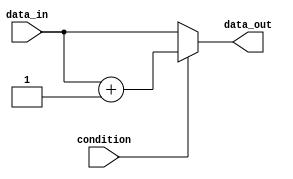
module while_loop_generate_behavioral (
    input wire condition,
    input wire [3:0] data_in,
    output reg [3:0] data_out
);

always @* begin
    if (condition) begin
        data_out = data_in + 1;
    end else begin
        data_out = data_in;
    end
end

endmodule